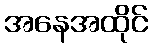
အနေအထိုင်